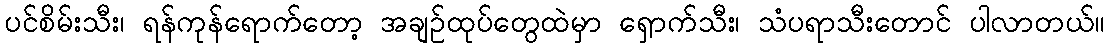
ပင်စိမ်းသီး၊ ရန်ကုန်ရောက်တော့ အချဉ်ထုပ်တွေထဲမှာ ရှောက်သီး၊ သံပရာသီးတောင် ပါလာတယ်။